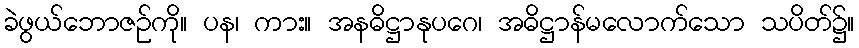
ခဲဖွယ်ဘောဇဉ်ကို။ ပန၊ ကား။ အနဓိဋ္ဌာနုပဂေ၊ အဓိဋ္ဌာန်မလောက်သော သပိတ်၌။